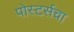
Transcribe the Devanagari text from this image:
पोस्टर्सचा